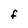
Character: f